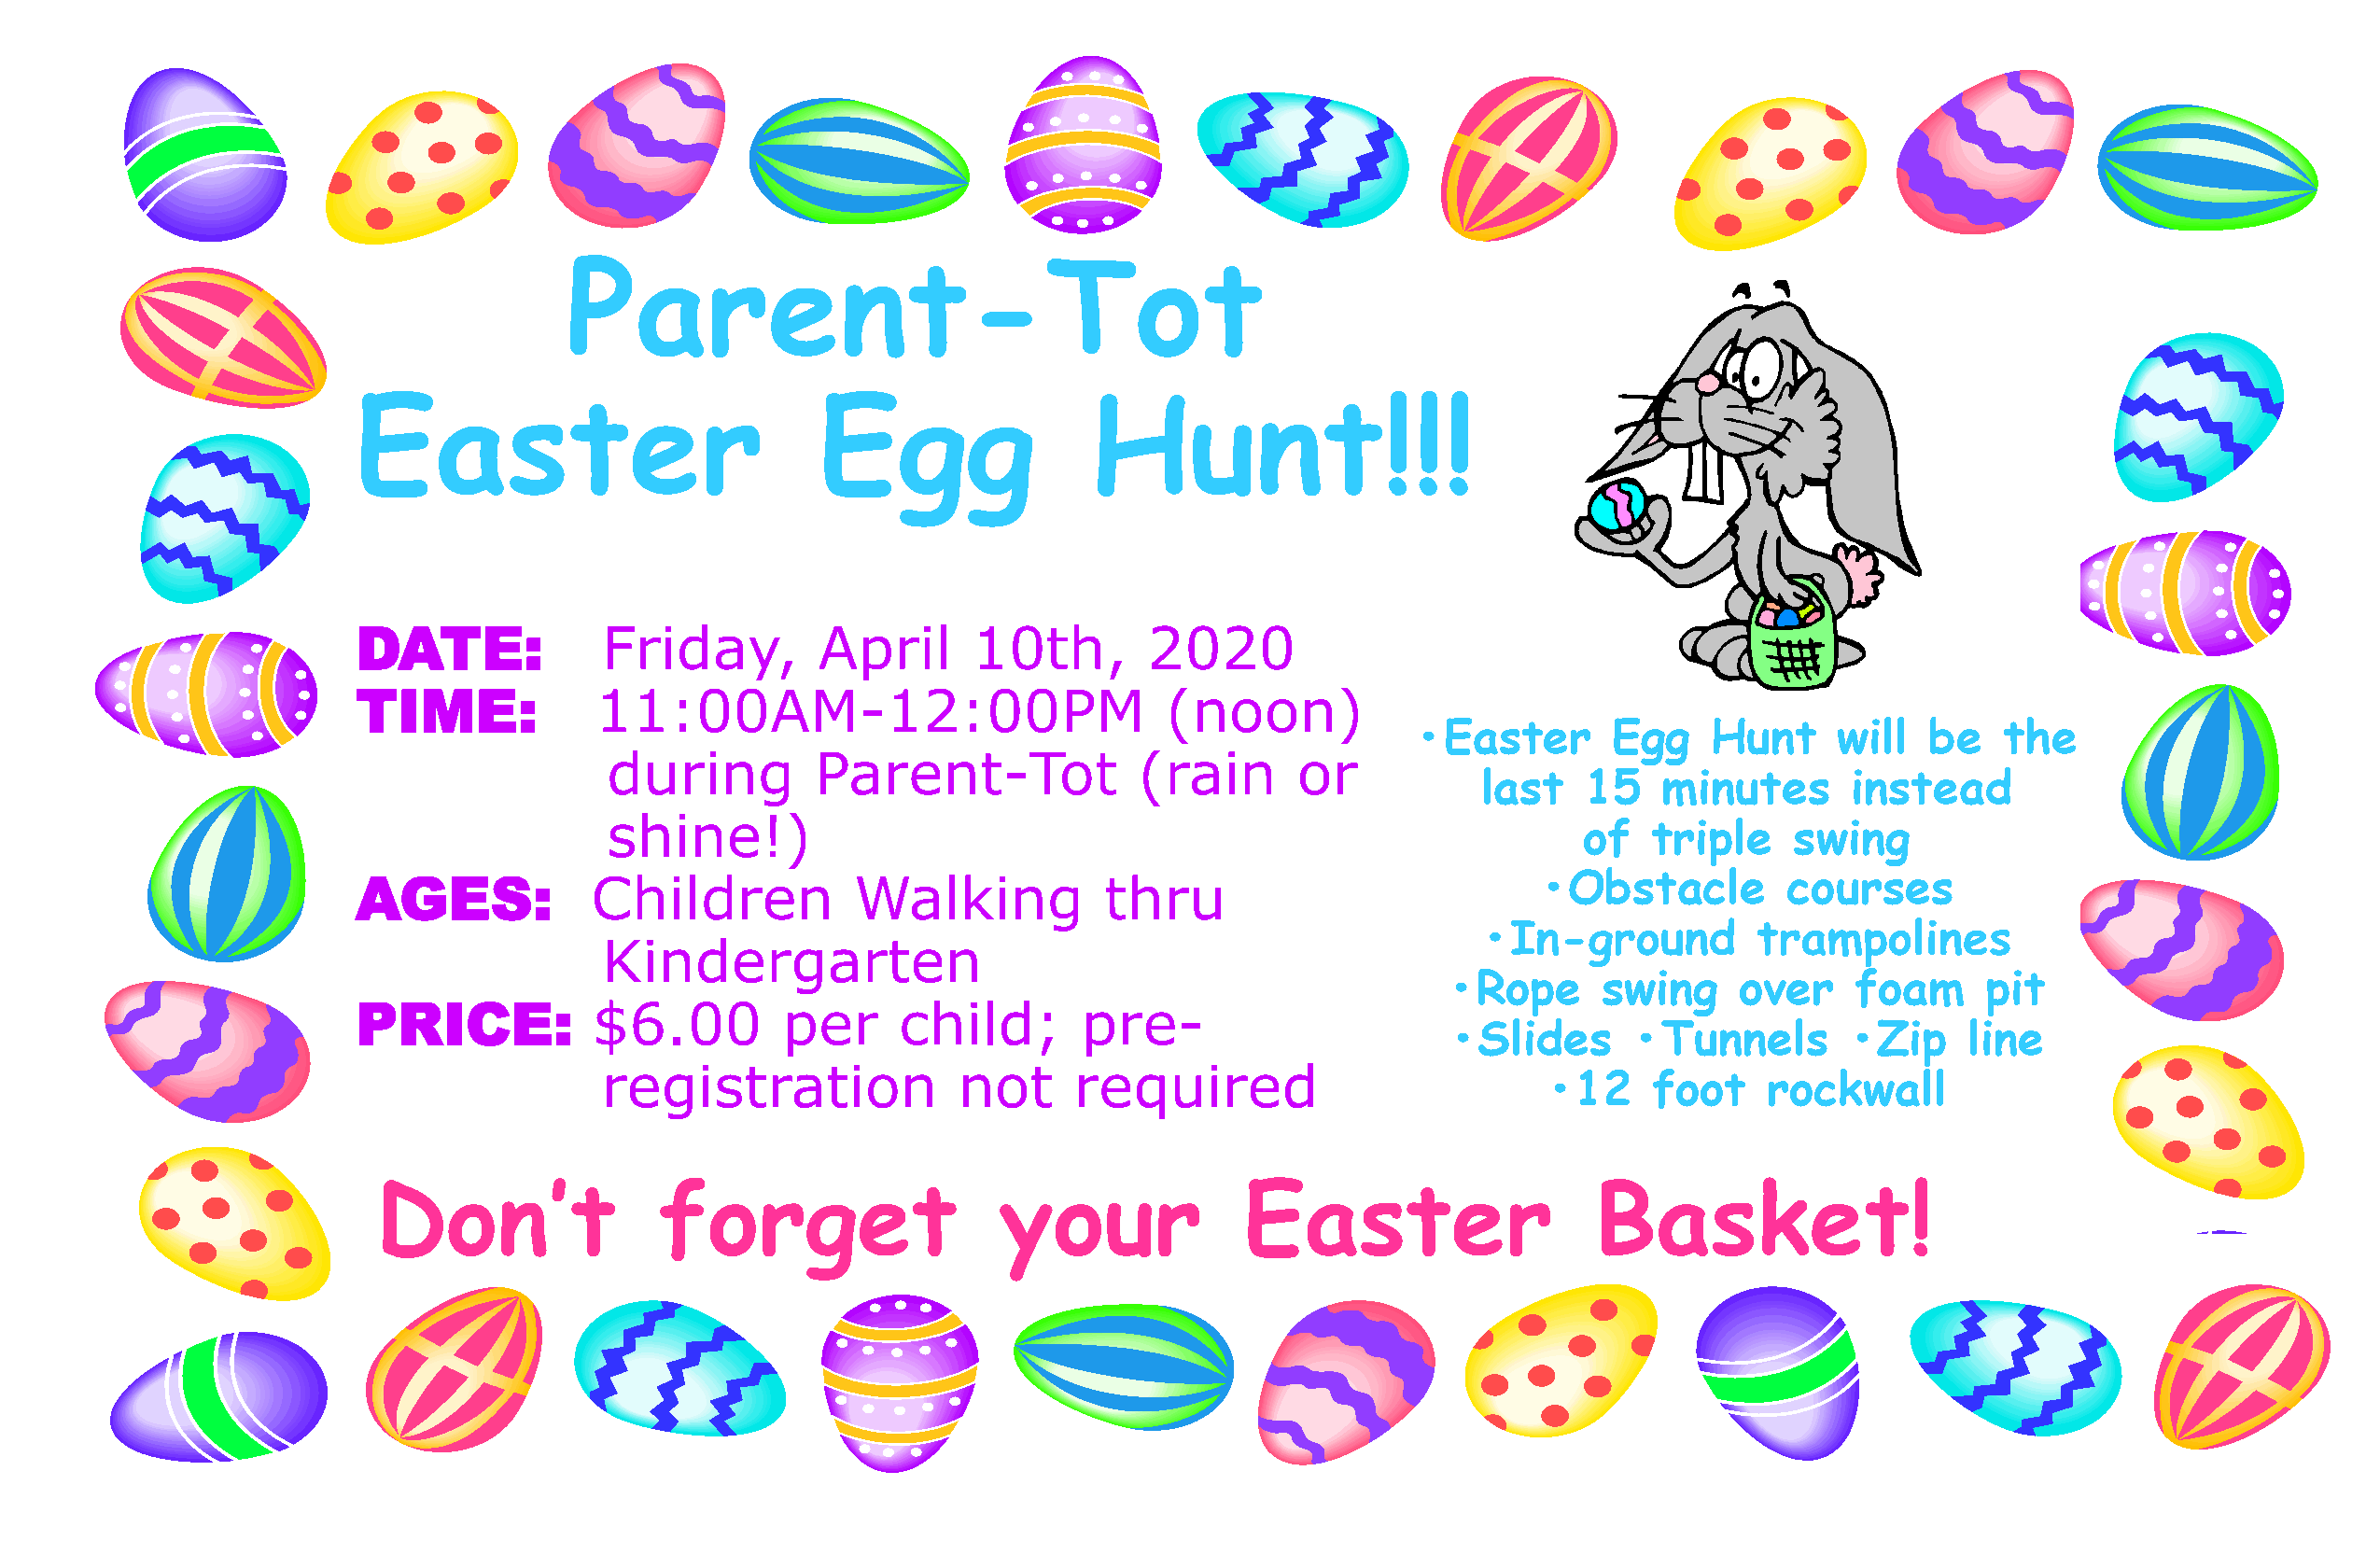
Parent-Tot
 Easter                           Egg                Hunt!!!
 DATE:             Friday,        April      10th,       2020
 TIME:            11:00AM-12:00PM                          (noon)
 •Easter       Egg    Hunt     will   be   the
 during         Parent-Tot             (rain      or
 last   15    minutes      instead
 shine!)
 of   triple    swing
 AGES:            Children           Walking          thru                           •Obstacle         courses
 •In-ground          trampolines
 Kindergarten
 •Rope      swing    over     foam     pit
 PRICE:           $6.00         per     child;       pre-
 •Slides      •Tunnels       •Zip     line
 registration             not     required
 •12    foot    rockwall
 Don’t               forget                  your             Easter                   Basket!